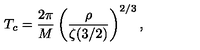
T _ { c } = { \frac { 2 \pi } { M } } \left( { \frac { \rho } { \zeta ( 3 / 2 ) } } \right) ^ { 2 / 3 } ,